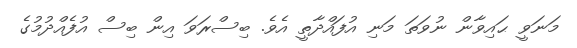
މަނަވީ ޙައިވާން ނުވަތަ މަނި އުފައްދާތީ އެވެ. ބިސްރަވަ އިން ބިސް އުފެއްދުމުގެ